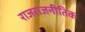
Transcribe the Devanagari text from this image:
राजराजनीतिक